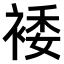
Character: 𫌂